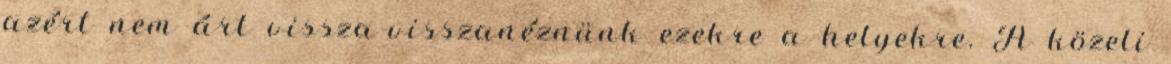
azért nem árt vissza-visszanéznünk ezekre a helyekre. A közeli